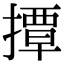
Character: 撢